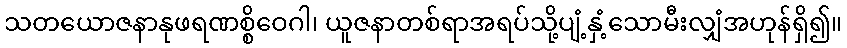
သတယောဇနာနုဖရဏစ္စိဝေဂါ၊ ယူဇနာတစ်ရာအရပ်သို့ပျံ့နှံ့သောမီးလျှံအဟုန်ရှိ၍။